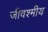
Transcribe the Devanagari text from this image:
जीवश्मीय